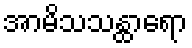
အာမိသသန္ထာရော